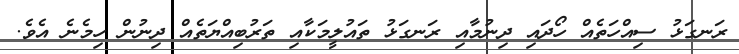
ރަނގަޅު ސިއްހަތެއް ހޯދައި ދިނުމާއި ރަނގަޅު ތައުލީމަކާއި ތަރުބިއްޔަތެއް ދިނުން ހިމެނެ އެވެ.